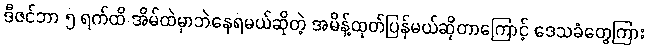
ဒီဇင်ဘာ ၅ ရက်ထိ အိမ်ထဲမှာဘဲနေရမယ်ဆိုတဲ့ အမိန့်ထုတ်ပြန်မယ်ဆိုတာကြောင့် ဒေသခံတွေကြား